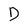
Character: D